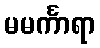
မမင်္ကာရာ